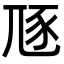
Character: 豗